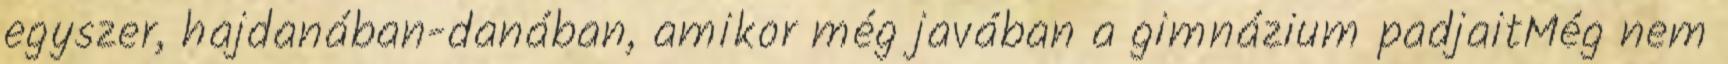
egyszer, hajdanában-danában, amikor még javában a gimnázium padjaitMég nem